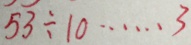
5 3 \div 1 0 \cdots 3